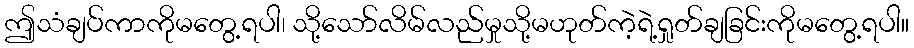
ဤသံချပ်ကာကိုမတွေ့ရပါ၊ သို့သော်လိမ်လည်မှုသို့မဟုတ်ကဲ့ရဲ့ရှုတ်ချခြင်းကိုမတွေ့ရပါ။